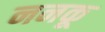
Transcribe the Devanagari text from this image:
ननकू